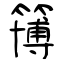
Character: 簙